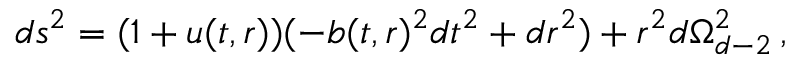
d s ^ { 2 } = ( 1 + u ( t , r ) ) ( - b ( t , r ) ^ { 2 } d t ^ { 2 } + d r ^ { 2 } ) + r ^ { 2 } d \Omega _ { d - 2 } ^ { 2 } \, ,